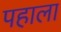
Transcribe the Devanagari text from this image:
पहाला